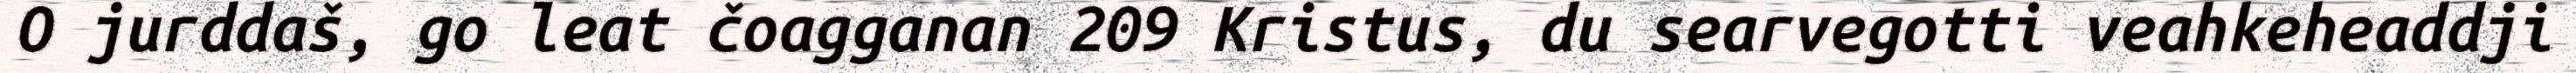
O jurddaš, go leat čoagganan 209 Kristus, du searvegotti veahkeheaddji